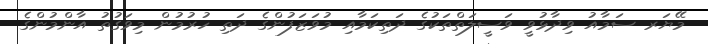
މޭޔަރ ސަމާއު ވިދާޅުވީ ވަސީލަތްތަކުގެ ދަތިކަމާއި މުވަޒަފުންގެ ދަތި ހުރުމުން މިވަގުތު އާންމުންގެ